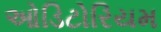
ઓડિટોરિયમ